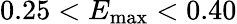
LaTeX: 0.25<E_{\mathrm{max}}<0.40